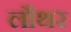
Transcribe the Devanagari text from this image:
लौथर